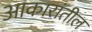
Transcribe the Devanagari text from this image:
आकारांतील